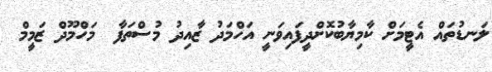
ލަނޑުތައް އެޓީމަށް ކާމިޔާބުކޮށްދީފައިވަނީ އަހްމަދު ޒާއިދު މުސްތަފާ  މަހްމޫދް ޒަމީމް